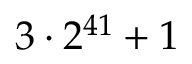
3 \cdot 2 ^ { 4 1 } + 1